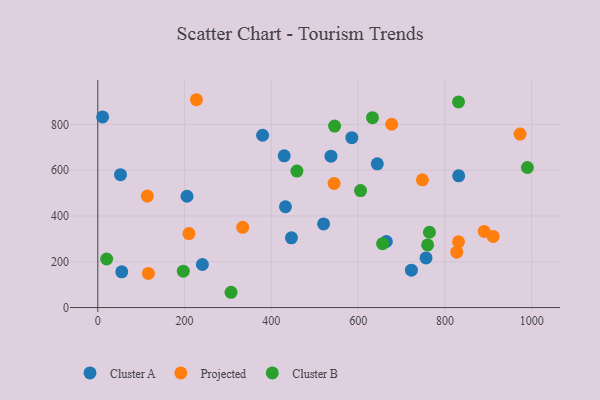
{"axis": {"x": "Experience", "y": "Profit"}, "legend": ["Cluster A", "Cluster B", "Projected"], "data": [{"x": "756.5", "y": 216.9, "type": "Cluster A"}, {"x": "52.3", "y": 580.4, "type": "Cluster A"}, {"x": "665.0", "y": 288.6, "type": "Cluster A"}, {"x": "722.8", "y": 163.3, "type": "Cluster A"}, {"x": "432.5", "y": 440.3, "type": "Cluster A"}, {"x": "429.6", "y": 662.8, "type": "Cluster A"}, {"x": "11.1", "y": 832.5, "type": "Cluster A"}, {"x": "205.6", "y": 486.0, "type": "Cluster A"}, {"x": "55.2", "y": 156.2, "type": "Cluster A"}, {"x": "585.5", "y": 741.8, "type": "Cluster A"}, {"x": "446.3", "y": 304.4, "type": "Cluster A"}, {"x": "831.8", "y": 575.5, "type": "Cluster A"}, {"x": "644.2", "y": 627.9, "type": "Cluster A"}, {"x": "379.9", "y": 752.4, "type": "Cluster A"}, {"x": "520.4", "y": 365.3, "type": "Cluster A"}, {"x": "241.0", "y": 188.0, "type": "Cluster A"}, {"x": "537.4", "y": 661.3, "type": "Cluster A"}, {"x": "890.6", "y": 332.5, "type": "Projected"}, {"x": "677.4", "y": 800.5, "type": "Projected"}, {"x": "973.2", "y": 757.8, "type": "Projected"}, {"x": "210.1", "y": 323.0, "type": "Projected"}, {"x": "911.3", "y": 310.6, "type": "Projected"}, {"x": "227.3", "y": 907.6, "type": "Projected"}, {"x": "116.6", "y": 148.9, "type": "Projected"}, {"x": "827.4", "y": 241.9, "type": "Projected"}, {"x": "831.4", "y": 287.3, "type": "Projected"}, {"x": "544.6", "y": 542.3, "type": "Projected"}, {"x": "333.9", "y": 350.4, "type": "Projected"}, {"x": "748.2", "y": 557.7, "type": "Projected"}, {"x": "114.2", "y": 486.9, "type": "Projected"}, {"x": "831.4", "y": 897.9, "type": "Cluster B"}, {"x": "197.0", "y": 159.0, "type": "Cluster B"}, {"x": "990.1", "y": 611.7, "type": "Cluster B"}, {"x": "545.7", "y": 792.6, "type": "Cluster B"}, {"x": "605.6", "y": 510.7, "type": "Cluster B"}, {"x": "760.2", "y": 273.5, "type": "Cluster B"}, {"x": "633.1", "y": 829.1, "type": "Cluster B"}, {"x": "656.4", "y": 279.0, "type": "Cluster B"}, {"x": "458.9", "y": 595.9, "type": "Cluster B"}, {"x": "764.4", "y": 329.0, "type": "Cluster B"}, {"x": "307.1", "y": 66.8, "type": "Cluster B"}, {"x": "20.4", "y": 212.2, "type": "Cluster B"}]}